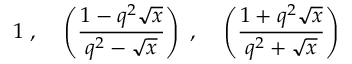
1 \; , \; \; \; \; \left( \frac { 1 - q ^ { 2 } \sqrt x } { q ^ { 2 } - \sqrt x } \right) \; , \; \; \; \; \left( \frac { 1 + q ^ { 2 } \sqrt x } { q ^ { 2 } + \sqrt x } \right)